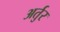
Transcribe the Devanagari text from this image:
अर्तुर